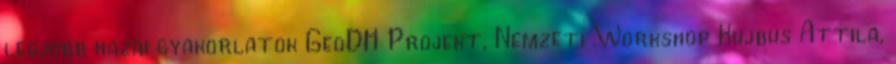
legjobb hazai gyakorlatok GeoDH Projekt, Nemzeti Workshop Kujbus Attila,